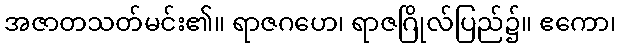
အဇာတသတ်မင်း၏။ ရာဇဂဟေ၊ ရာဇဂြိုလ်ပြည်၌။ ဧကော၊